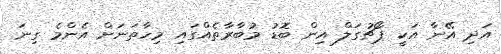
އަދި އޭނާ އަކީ ޕޯޗުގަލް އިން ބޮޑު މުބާރާތެއްގައި މިހާތަނަށް އެންމެ ގިނަ